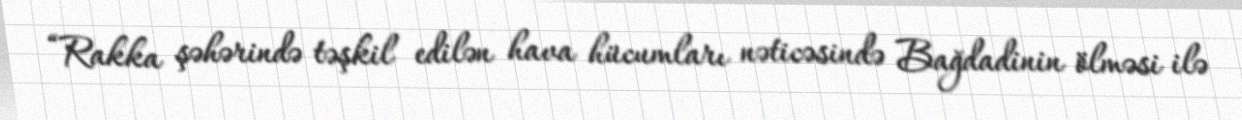
“Rakka şəhərində təşkil edilən hava hücumları nəticəsində Bağdadinin ölməsi ilə